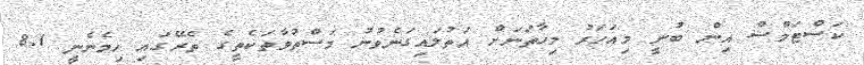
ކަސްޓަމްސް އިން ބުނީ މިއަހަރު މިހާތަނަށް އަތުލައިގަނެވުނު މަސްތުވާތަކެތީގެ ތެރޭގައި ހިމެނެނީ 8.1